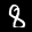
Label: 8